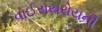
વાઈસયરોયની